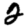
Digit: 2